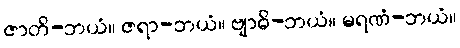
ဇာတိ-ဘယံ။ ဇရာ-ဘယံ။ ဗျာဓိ-ဘယံ။ မရဏံ-ဘယံ။